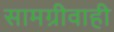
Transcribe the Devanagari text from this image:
सामग्रीवाही